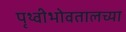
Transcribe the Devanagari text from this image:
पृथ्वीभोवतालच्या